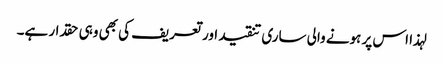
لہذا اس پر ہونے والی ساری تنقید اور تعریف کی بھی وہی حقدار ہے۔